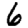
Digit: 6